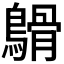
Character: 𪄥